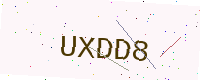
Text: UXDD8